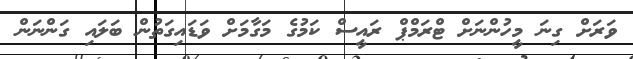
ވަރަށް ގިނަ މީހުންނަށް ޓްރަމްޕް ރައީސް ކަމުގެ މަގާމަށް ވަޑައިގަތުން ބަލައި ގަންނަން